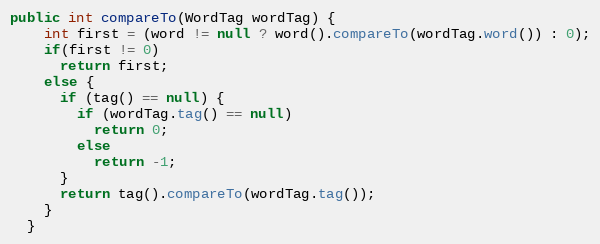
Language: Java
public int compareTo(WordTag wordTag) {
    int first = (word != null ? word().compareTo(wordTag.word()) : 0);
    if(first != 0)
      return first;
    else {
      if (tag() == null) {
        if (wordTag.tag() == null)
          return 0;
        else
          return -1;
      }
      return tag().compareTo(wordTag.tag());
    }
  }